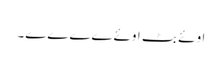
اوئے بٹ اوئےےےےے۔